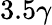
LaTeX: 3.5\gamma